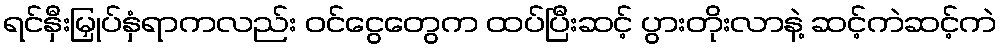
ရင်နှီးမြှုပ်နှံရာကလည်း ဝင်ငွေတွေက ထပ်ပြီးဆင့် ပွားတိုးလာနဲ့ ဆင့်ကဲဆင့်ကဲ